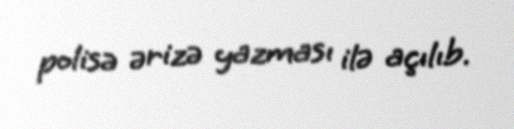
polisə ərizə yazması ilə açılıb.